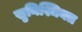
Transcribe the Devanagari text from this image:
सुनिश्चिनत